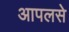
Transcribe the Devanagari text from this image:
आपलसे